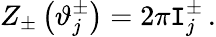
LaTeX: Z_{\pm}\left(\vartheta_{j}^{\pm}\right)=2\pi\mathtt{I}_{j}^{\pm}\, .